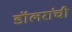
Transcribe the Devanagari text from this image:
डॉलरांची